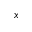
x